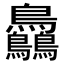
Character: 𪈼